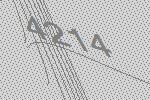
4214